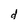
Character: d